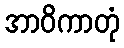
အာဝိကာတုံ